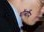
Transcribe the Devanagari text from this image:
थॉर्ब्यॉन